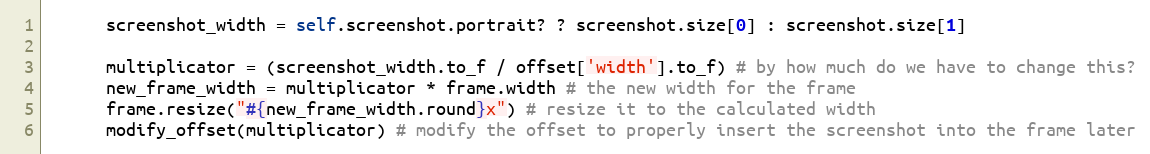
Language: Ruby
      screenshot_width = self.screenshot.portrait? ? screenshot.size[0] : screenshot.size[1]

      multiplicator = (screenshot_width.to_f / offset['width'].to_f) # by how much do we have to change this?
      new_frame_width = multiplicator * frame.width # the new width for the frame
      frame.resize("#{new_frame_width.round}x") # resize it to the calculated width
      modify_offset(multiplicator) # modify the offset to properly insert the screenshot into the frame later